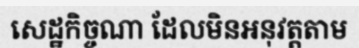
សេដ្ឋកិច្ចណា ដែលមិនអនុវត្តតាម